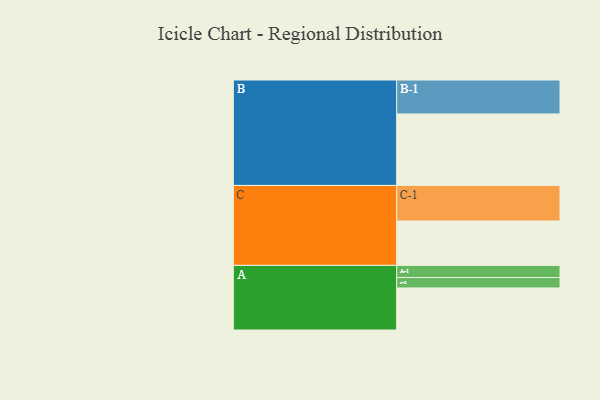
{"axis": {"x": "Segment", "y": "Value"}, "legend": ["", "A", "B", "C"], "data": [{"x": "A", "y": 343, "type": ""}, {"x": "B", "y": 583, "type": ""}, {"x": "C", "y": 362, "type": ""}, {"x": "A-1", "y": 99, "type": "A"}, {"x": "A-2", "y": 85, "type": "A"}, {"x": "B-1", "y": 277, "type": "B"}, {"x": "C-1", "y": 290, "type": "C"}]}